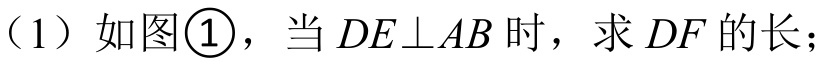
（1）如图\textcircled{1}，当 \(DE\perp AB\)时，求 \(DF\)的长；